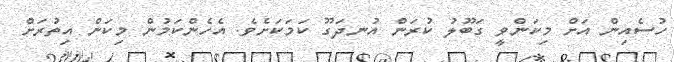
ހުސެއިން އަށް މިކަންވީ ގަބޫލު ކުރަން އުނދަގޫ ކަމަކަށެވެ. އެހެންކަމުން މިކަން އިތުރަށް